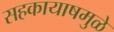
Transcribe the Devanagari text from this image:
सहकायाषमुळे